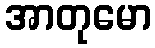
အာတုမော